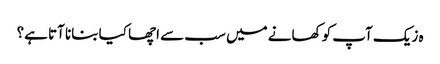
ہ زیک آپ کو کھانے میں سب سے اچھا کیا بنانا آتا ہے؟